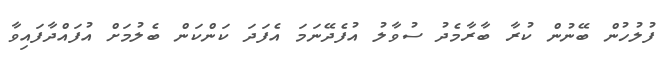
ފުލުހުން ބޭނުން ކުރާ ބާރާމެދު ސުވާލު އުފެދޭނަމަ އެފަދަ ކަންކަން ބެލުމަށް އުފައްދާފައިވާ